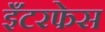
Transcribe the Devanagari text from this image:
इँटरफेस